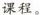
课程。